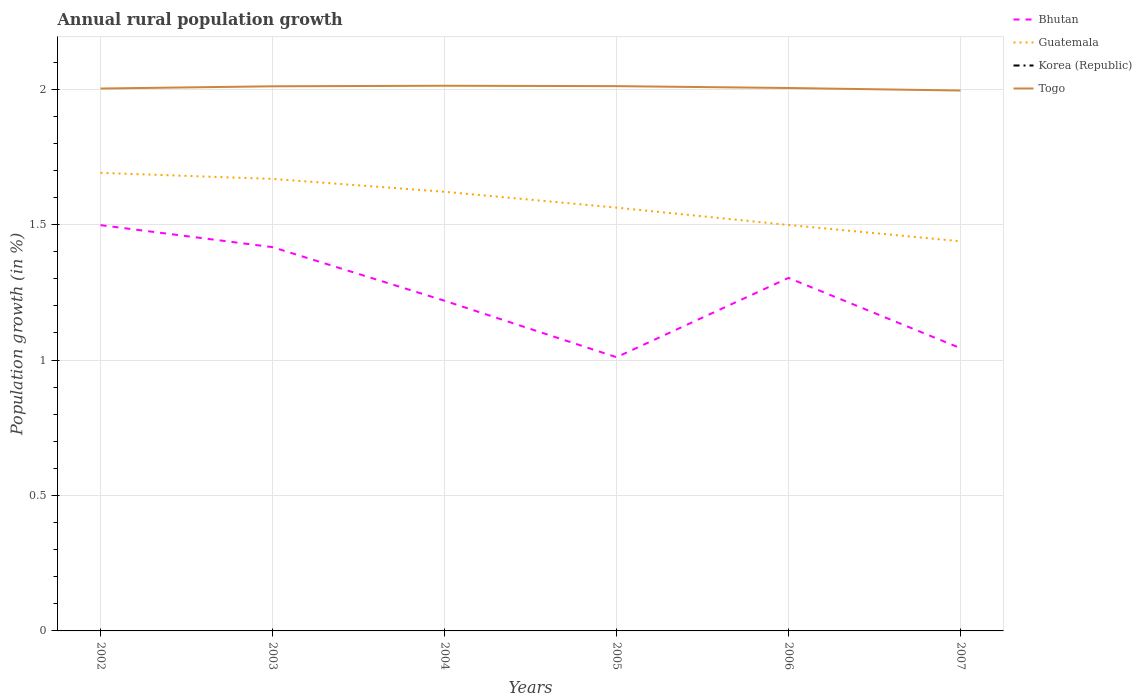
| Years | Bhutan | Guatemala | Korea (Republic) | Togo |
 | --- | --- | --- | --- | --- |
 | 2002 | 1.5 | 1.69 | -1.25 | 2 |
 | 2003 | 1.42 | 1.67 | -1.31 | 2.01 |
 | 2004 | 1.22 | 1.62 | -1.45 | 2.01 |
 | 2005 | 1.01 | 1.56 | -1.62 | 2.01 |
 | 2006 | 1.3 | 1.5 | -0.501 | 2 |
 | 2007 | 1.04 | 1.44 | -0.0936 | 1.99 |